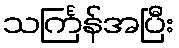
သင်္ကြန်အပြီး